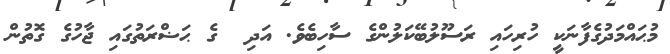
މުޙައްމަދުގެފާނަކީ ހުރިހައި ރަސޫލުބޭކަލުންގެ ސާހިބެވެ. އަދި  ގެ ޙަޟްރަތުގައި ޖާހުގެ ގޮތުން